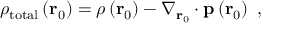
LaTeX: \rho _ { \mathrm { t o t a l } } \left( \mathbf { r } _ { 0 } \right) = \rho \left( \mathbf { r } _ { 0 } \right) - \nabla _ { \mathbf { r } _ { 0 } } \cdot \mathbf { p } \left( \mathbf { r } _ { 0 } \right) \ ,